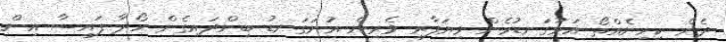
ދެން ކިހިނެއްތޯ އަޅުގަނޑުމެން ވިޔަފާރި ވެރިން އުނަގަނޑު ބިންދައިގެން ހޯދާ ފައިސާ އިން